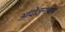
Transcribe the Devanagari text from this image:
आंदोलनाचाच